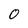
Character: 0